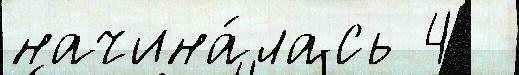
начина́лась 4